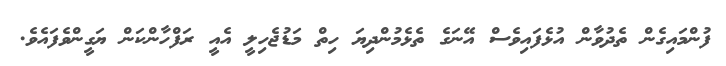
ފުންމައިގެން ތެދުވާން އުޅެފައިވެސް އޭނަގެ ތެޅެމުންދިޔަ ހިތް މަޑުޖެހިލީ އެއީ ރަފްހާންކަން ޔަގީންވެފައެވެ.